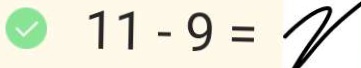
1 1 - 9 = 2